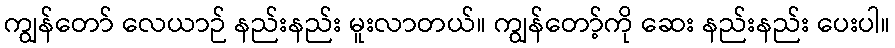
ကျွန်တော် လေယာဉ် နည်းနည်း မူးလာတယ်။ ကျွန်တော့်ကို ဆေး နည်းနည်း ပေးပါ။